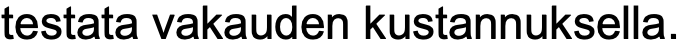
testata vakauden kustannuksella.